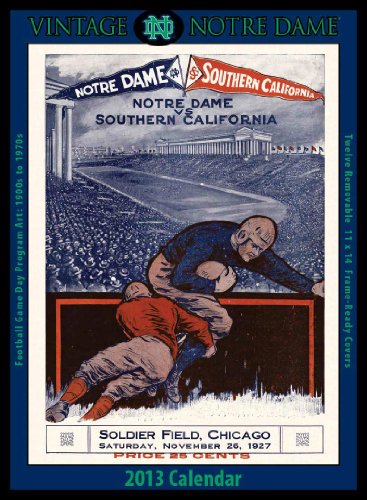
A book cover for Notre Dame Fighting Irish 2013 Vintage Football Calendar; Asgard Press; Calendars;